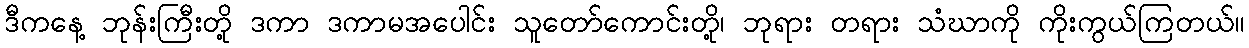
ဒီကနေ့ ဘုန်းကြီးတို့ ဒကာ ဒကာမအပေါင်း သူတော်ကောင်းတို့၊ ဘုရား တရား သံဃာကို ကိုးကွယ်ကြတယ်။